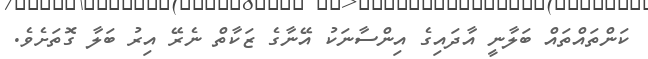
ކަންތައްތައް ބަލާނީ އާދައިގެ އިންސާނަކު އޭނާގެ ޒަކާތް ނެރޭ އިރު ބަލާ ގޮތަށެވެ.